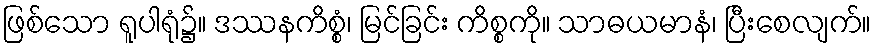
ဖြစ်သော ရူပါရုံ၌။ ဒဿနကိစ္စံ၊ မြင်ခြင်း ကိစ္စကို။ သာဓယမာနံ၊ ပြီးစေလျက်။